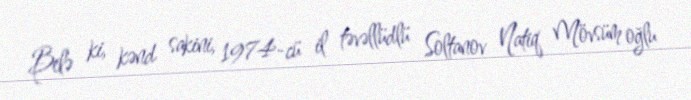
Belə ki, kənd sakini, 1974-cü il təvəllüdlü Soltanov Natiq Mövsüm oğlu